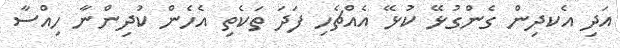
އަދި އެކދިން ގެންގުޅޭ ކުޅޭ އެއްޗެހި ފަދަ ތަކެތި އެހެން ކުދިންނާ ހިއްސާ